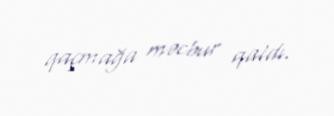
qaçmağa məcbur qaldı.